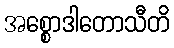
အစ္စောဒါတောသီတိ